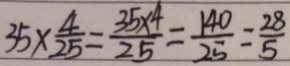
3 5 \times \frac { 4 } { 2 5 } = \frac { 3 5 \times 4 } { 2 5 } = \frac { 1 4 0 } { 2 5 } = \frac { 2 8 } { 5 }